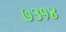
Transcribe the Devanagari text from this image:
७३१४